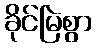
ခိုင်မြဲစွာ